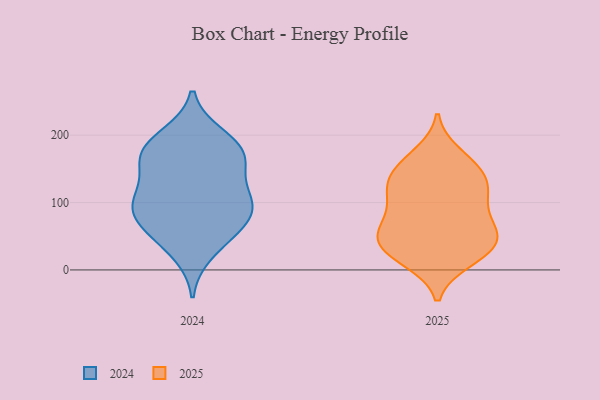
{"axis": {"x": "Market Share (%)", "y": "Value"}, "legend": ["2024", "2025"], "data": [{"x": "", "y": 32, "type": "2025"}, {"x": "", "y": 108, "type": "2025"}, {"x": "", "y": 75, "type": "2025"}, {"x": "", "y": 161, "type": "2025"}, {"x": "", "y": 47, "type": "2025"}, {"x": "", "y": 46, "type": "2025"}, {"x": "", "y": 82, "type": "2025"}, {"x": "", "y": 152, "type": "2025"}, {"x": "", "y": 105, "type": "2025"}, {"x": "", "y": 137, "type": "2025"}, {"x": "", "y": 14, "type": "2025"}, {"x": "", "y": 52, "type": "2025"}, {"x": "", "y": 57, "type": "2025"}, {"x": "", "y": 118, "type": "2025"}, {"x": "", "y": 17, "type": "2025"}, {"x": "", "y": 172, "type": "2025"}, {"x": "", "y": 124, "type": "2025"}, {"x": "", "y": 23, "type": "2025"}, {"x": "", "y": 50, "type": "2025"}, {"x": "", "y": 137, "type": "2025"}, {"x": "", "y": 24, "type": "2024"}, {"x": "", "y": 154, "type": "2024"}, {"x": "", "y": 173, "type": "2024"}, {"x": "", "y": 159, "type": "2024"}, {"x": "", "y": 98, "type": "2024"}, {"x": "", "y": 175, "type": "2024"}, {"x": "", "y": 166, "type": "2024"}, {"x": "", "y": 48, "type": "2024"}, {"x": "", "y": 109, "type": "2024"}, {"x": "", "y": 110, "type": "2024"}, {"x": "", "y": 195, "type": "2024"}, {"x": "", "y": 74, "type": "2024"}, {"x": "", "y": 104, "type": "2024"}, {"x": "", "y": 69, "type": "2024"}, {"x": "", "y": 96, "type": "2024"}, {"x": "", "y": 200, "type": "2024"}, {"x": "", "y": 64, "type": "2024"}]}